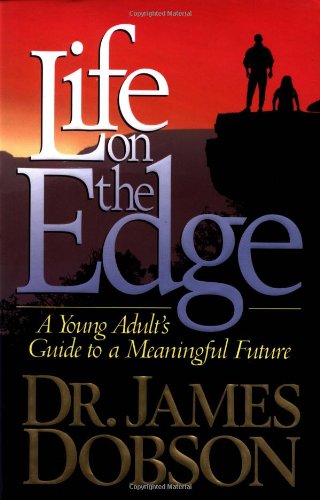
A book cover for Life on the Edge; Dr. James Dobson; Religion & Spirituality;